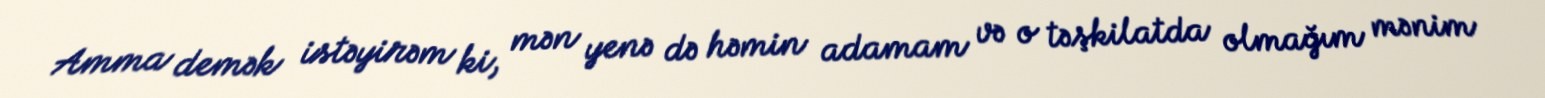
Amma demək istəyirəm ki, mən yenə də həmin adamam və o təşkilatda olmağım mənim